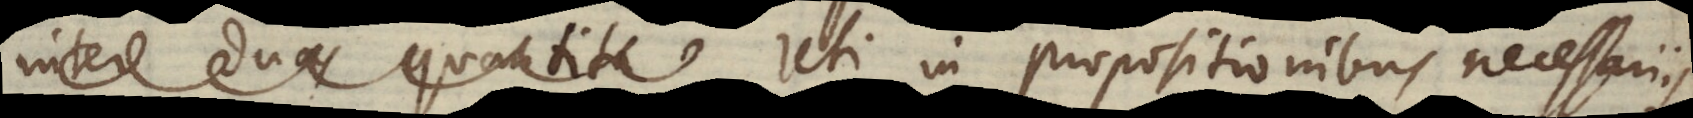
uas quantita uti in propositionibus necesariis